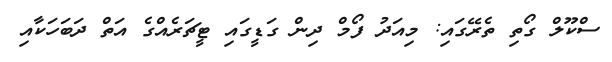
ސްކޫލް ގޯތި ތެރޭގައި: މިއަދު ފޯމް ދިން ގަޑީގައި ޓީޗަރެއްގެ އަތް ދަބަހަކާއި